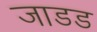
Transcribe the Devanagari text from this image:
जाडड